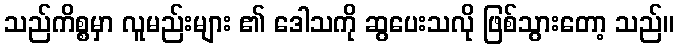
သည်ကိစ္စမှာ လူမည်းများ ၏ ဒေါသကို ဆွပေးသလို ဖြစ်သွားတော့ သည်။